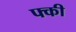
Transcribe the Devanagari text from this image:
फ्की